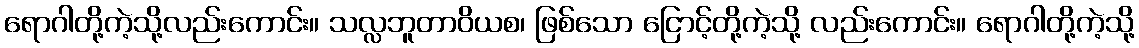
ရောဂါတို့ကဲ့သို့လည်းကောင်း။ သလ္လဘူတာဝိယစ၊ ဖြစ်သော ငြောင့်တို့ကဲ့သို့ လည်းကောင်း။ ရောဂါတို့ကဲ့သို့